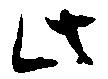
此